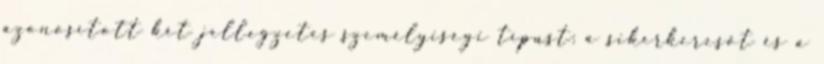
azonosított két jellegzetes személyiségi típust: a sikerkeresőt és a